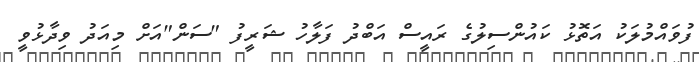
ފުވައްމުލަކު އަތޮޅު ކައުންސިލުގެ ރައީސް އަބްދު ފަލާހު ޝަރީފު "ސަން"އަށް މިއަދު ވިދާޅުވީ